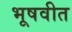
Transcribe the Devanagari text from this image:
भूषवीत